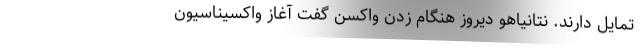
تمایل دارند. نتانیاهو دیروز هنگام زدن واکسن گفت آغاز واکسیناسیون